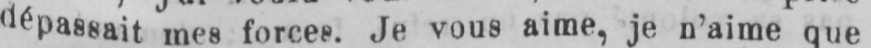
dépassait mes forces. Je vous aime, je n’aime que